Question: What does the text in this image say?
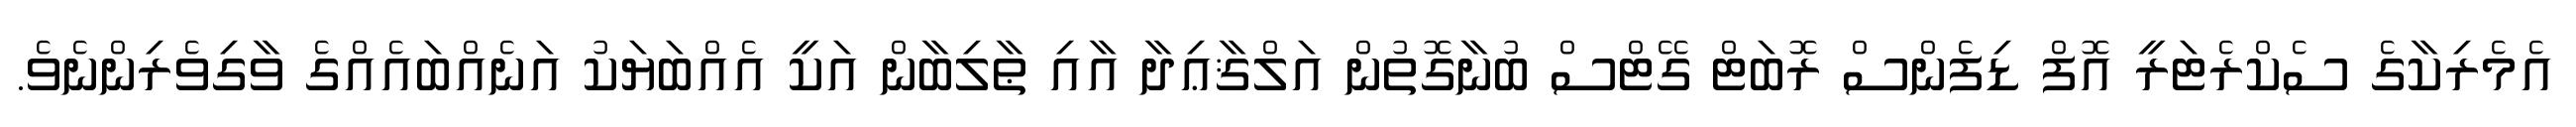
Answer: އެމެރިކާގެ ސެކްރެޓަރީ އޮފް ޑިފެންސް ރޮބަޓް ގޭޓްސް ބުނާގޮތުން އަލްޤާޢިދާ އާއި ޠާލިބާން އަކީ އެއްބަޔަކު އަނެއްބައެއްގެ ވާގިވެރިންނެވެ.